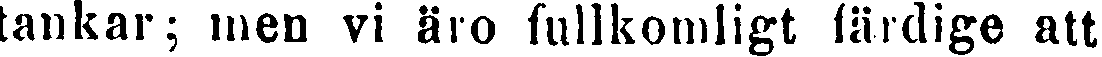
tankar; men vi äro fullkomligt färdige att